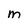
Character: m